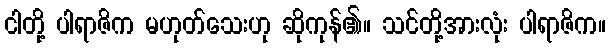
ငါတို့ ပါရာဇိက မဟုတ်သေးဟု ဆိုကုန်၏။ သင်တို့အားလုံး ပါရာဇိက။